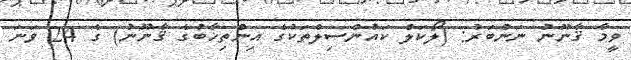
ވީމާ ޤާނޫނު ނަންބަރު: (ލޯކަލް ކައުންސިލްތަކުގެ އިންތިޚާބުގެ ޤާނޫނު) ގެ 24 ވަނަ